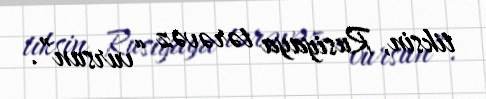
tiksin, Rusiyaya tərəvəz “vursun”.